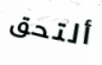
ألتحق